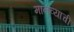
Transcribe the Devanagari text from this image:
मानव्याची